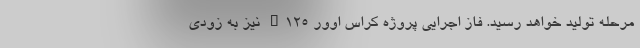
مرحله تولید خواهد رسید. فاز اجرایی پروژه کراس اوور K۱۲۵ نیز به زودی